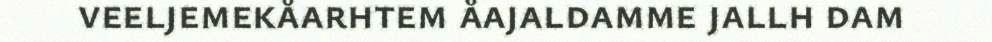
veeljemekåarhtem åajaldamme jallh dam